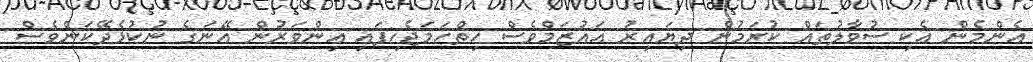
އެންމެން އެކި ސުވާލުތައް ކުރަމުން ދިޔައިރު އައުޒަމްވެސް ހިތްހަމަޖެހިފައި އިންވަރުން އޭނަގެ ނުކުޅެދޭކަންވެސް